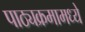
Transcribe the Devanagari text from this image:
पाठ्यक्रमामध्ये